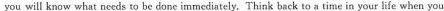
you will know what needs to be done immediately.Think back to a time in your life when you